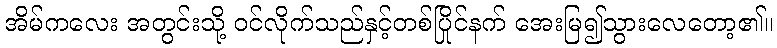
အိမ်ကလေး အတွင်းသို့ ဝင်လိုက်သည်နှင့်တစ်ပြိုင်နက် အေးမြ၍သွားလေတော့၏။